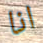
انا